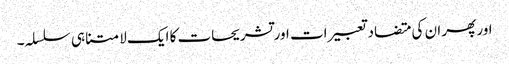
اور پھر ان کی متضاد تعبیرات اور تشریحات کا ایک لامتناہی سلسلہ۔